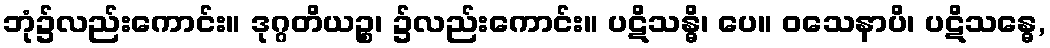
ဘုံ၌လည်းကောင်း။ ဒုဂ္ဂတိယဉ္စ၊ ၌လည်းကောင်း။ ပဋိသန္ဓိ၊ ပေ။ ဝသေနာပိ၊ ပဋိသန္ဓေ,